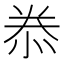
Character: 𭜮